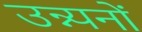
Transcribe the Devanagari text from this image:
उन्न्यनों